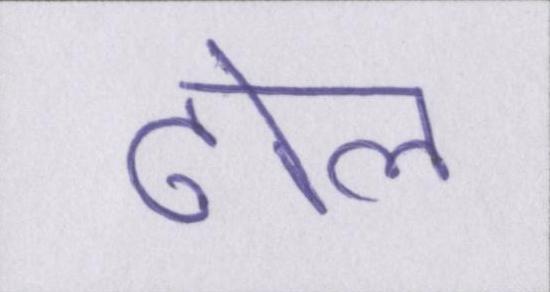
ढोल